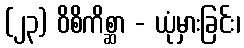
(၂၃) ဝိစိကိစ္ဆာ - ယုံမှားခြင်း၊